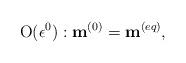
LaTeX: \begin{align*}{\rm O}(\epsilon ^0):{{{\bf{ m}}}}^{(0)}={{{\bf{ m}}}}^{(eq)}, \end{align*}